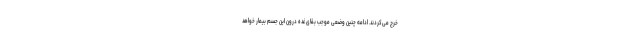
خرج می‌کردند. ادامه چنین وضعی موجب بقای غده درون این جسم بیمار خواهد